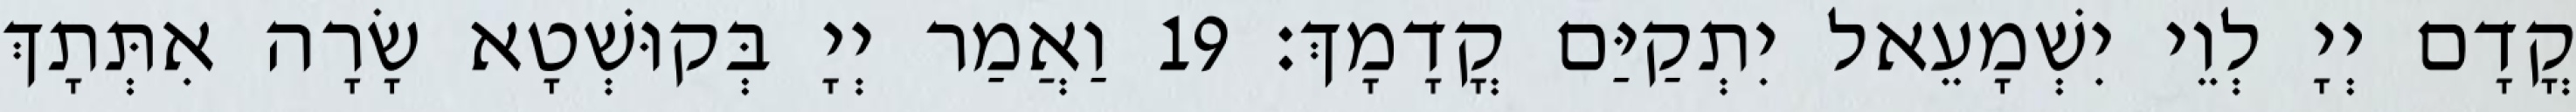
קֳדָם יְיָ לְוֵי יִשְׁמָעֵאל יִתְקַיַּם קֳדָמָךְ׃ 19 וַאֲמַר יְיָ בְּקוּשְׁטָא שָׂרָה אִתְּתָךְ